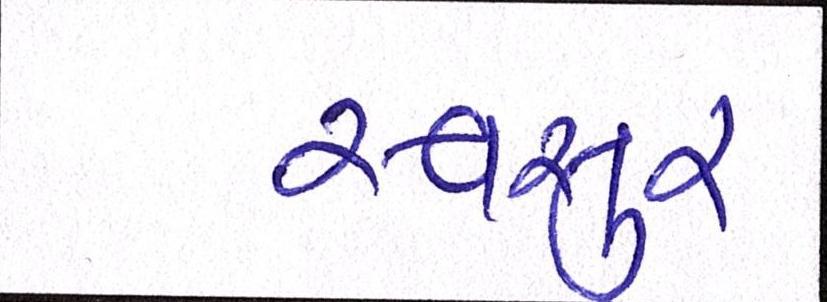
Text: સ્વસુર